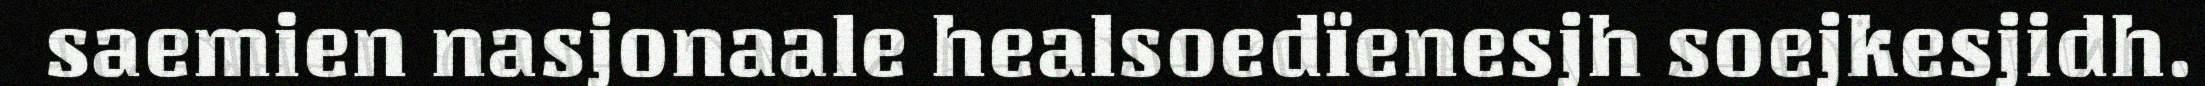
saemien nasjonaale healsoedïenesjh soejkesjidh.